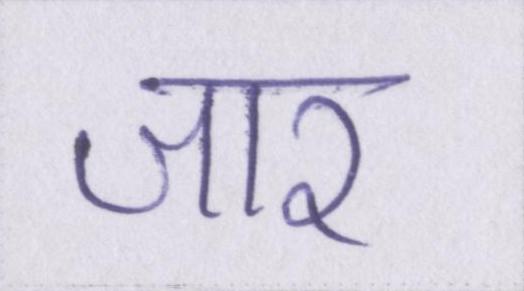
जार